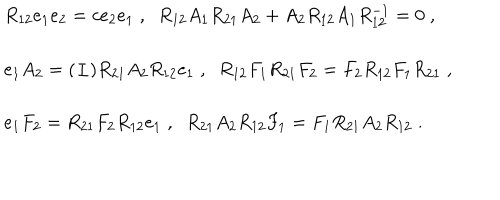
\begin{array} { l } { { R _ { 1 2 } e _ { 1 } e _ { 2 } = c e _ { 2 } e _ { 1 } \; , \; \; R _ { 1 2 } A _ { 1 } R _ { 2 1 } A _ { 2 } + A _ { 2 } R _ { 1 2 } A _ { 1 } R _ { 1 2 } ^ { - 1 } = 0 \; , } } \\ { { e _ { 1 } A _ { 2 } = ( \pm ) R _ { 2 1 } A _ { 2 } R _ { 1 2 } e _ { 1 } \; , \; \; R _ { 1 2 } F _ { 1 } R _ { 2 1 } F _ { 2 } = F _ { 2 } R _ { 1 2 } F _ { 1 } R _ { 2 1 } \; , } } \\ { { e _ { 1 } F _ { 2 } = R _ { 2 1 } F _ { 2 } R _ { 1 2 } e _ { 1 } \; , \; \; R _ { 2 1 } A _ { 2 } R _ { 1 2 } F _ { 1 } = F _ { 1 } R _ { 2 1 } A _ { 2 } R _ { 1 2 } \; . } } \\ \end{array}